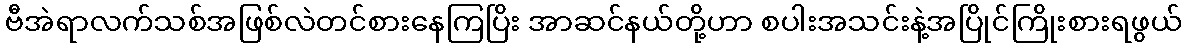
ဗီအဲရာလက်သစ်အဖြစ်လဲတင်စားနေကြပြိး အာဆင်နယ်တို့ဟာ စပါးအသင်းနဲ့အပြိုင်ကြိုးစားရဖွယ်